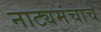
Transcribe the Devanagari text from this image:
नाट्यमंचाचे